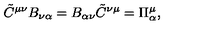
\tilde { C } ^ { \mu \nu } B _ { \nu \alpha } = B _ { \alpha \nu } \tilde { C } ^ { \nu \mu } = \Pi _ { \alpha } ^ { \mu } ,